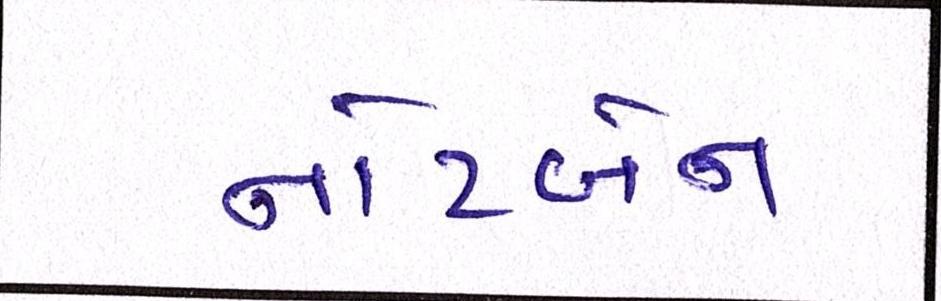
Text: નોટબેન